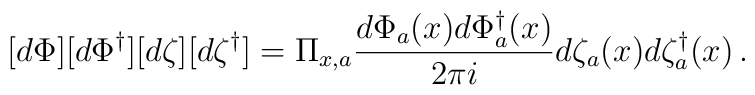
[d \Phi] [d \Phi^\dagger] [d \zeta] [d \zeta^\dagger] = \Pi_{x, a}\frac{d \Phi_a(x) d \Phi^\dagger_a (x)}{2 \pi i} d \zeta_a (x) d \zeta^\dagger_a (x) \, .